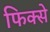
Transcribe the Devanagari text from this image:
फिक्से